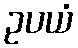
ဥပယံ